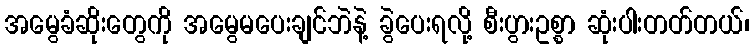
အမွေခံဆိုးတွေကို အမွေမပေးချင်ဘဲနဲ့ ခွဲပေးရလို့ စီးပွားဥစ္စာ ဆုံးပါးတတ်တယ်၊